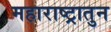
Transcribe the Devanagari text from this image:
महाराष्ट्रातुन